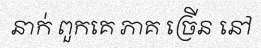
នាក់ ពួកគេ ភាគ ច្រើន នៅ